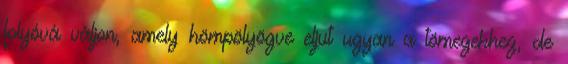
folyóvá váljon, amely hömpölyögve eljut ugyan a tömegekhez, de